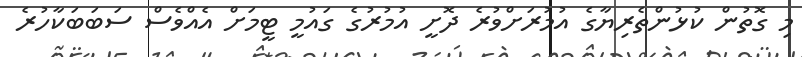
މި ގޮތުން ކުޅުންތެރިޔާގެ އުމުރަށްވުރެ ދޮށީ އުމުރުގެ ގައުމީ ޓީމަށް އެއްވެސް ސަބަބަކާހުރެ